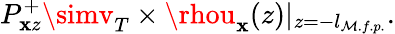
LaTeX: P_{\mathbf{x}z}^{+}\simv_{T}\times\rhou_{\mathbf{x}}(z)|_{z=-l_{\mathcal{M}.f.p.}}.